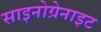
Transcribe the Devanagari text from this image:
साइनोग्रेनाइट